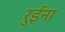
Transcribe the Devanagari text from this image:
रुईना